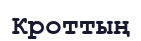
Кроттың